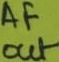
Text: AF out